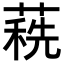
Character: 𦹞